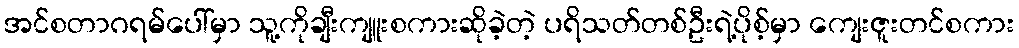
အင်စတာဂရမ်ပေါ်မှာ သူ့ကိုချီးကျူးစကားဆိုခဲ့တဲ့ ပရိသတ်တစ်ဦးရဲ့ပိုစ့်မှာ ကျေးဇူးတင်စကား